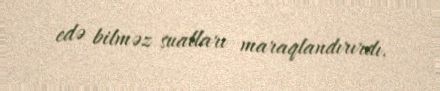
edə bilməz sualları maraqlandırırdı.